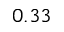
0 . 3 3